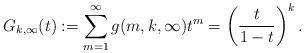
\begin{align*}G_{k,\infty}(t) :=\sum_{m=1}^{\infty}g(m,k,\infty) t^{m} = \left(\frac{t}{1-t} \right)^{k}.\end{align*}